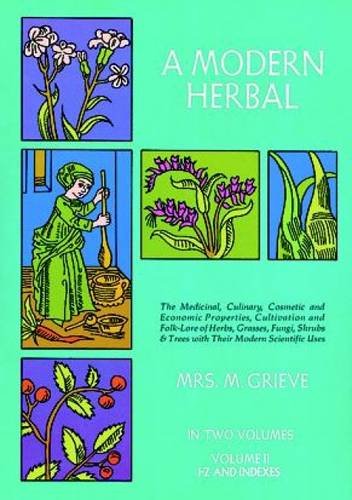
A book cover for A Modern Herbal (Volume 2, I-Z and Indexes); Margaret Grieve; Crafts, Hobbies & Home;